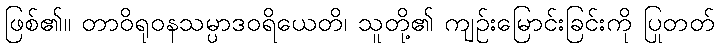
ဖြစ်၏။ တာဝိရုဝနသမ္ပာဒဝရိယေတိ၊ သူတို့၏ ကျဉ်းမြောင်းခြင်းကို ပြုတတ်